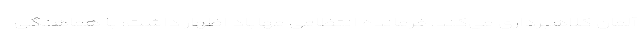
آلمان کلاهبرداری می‌کند. فرمانده انتظامی مهاباد اظهار داشت: با هماهنگی